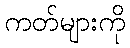
ကတ်များကို